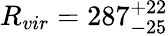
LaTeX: R_{vir}=287_{-25}^{+22}